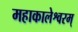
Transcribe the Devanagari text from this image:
महाकालेश्वरम्